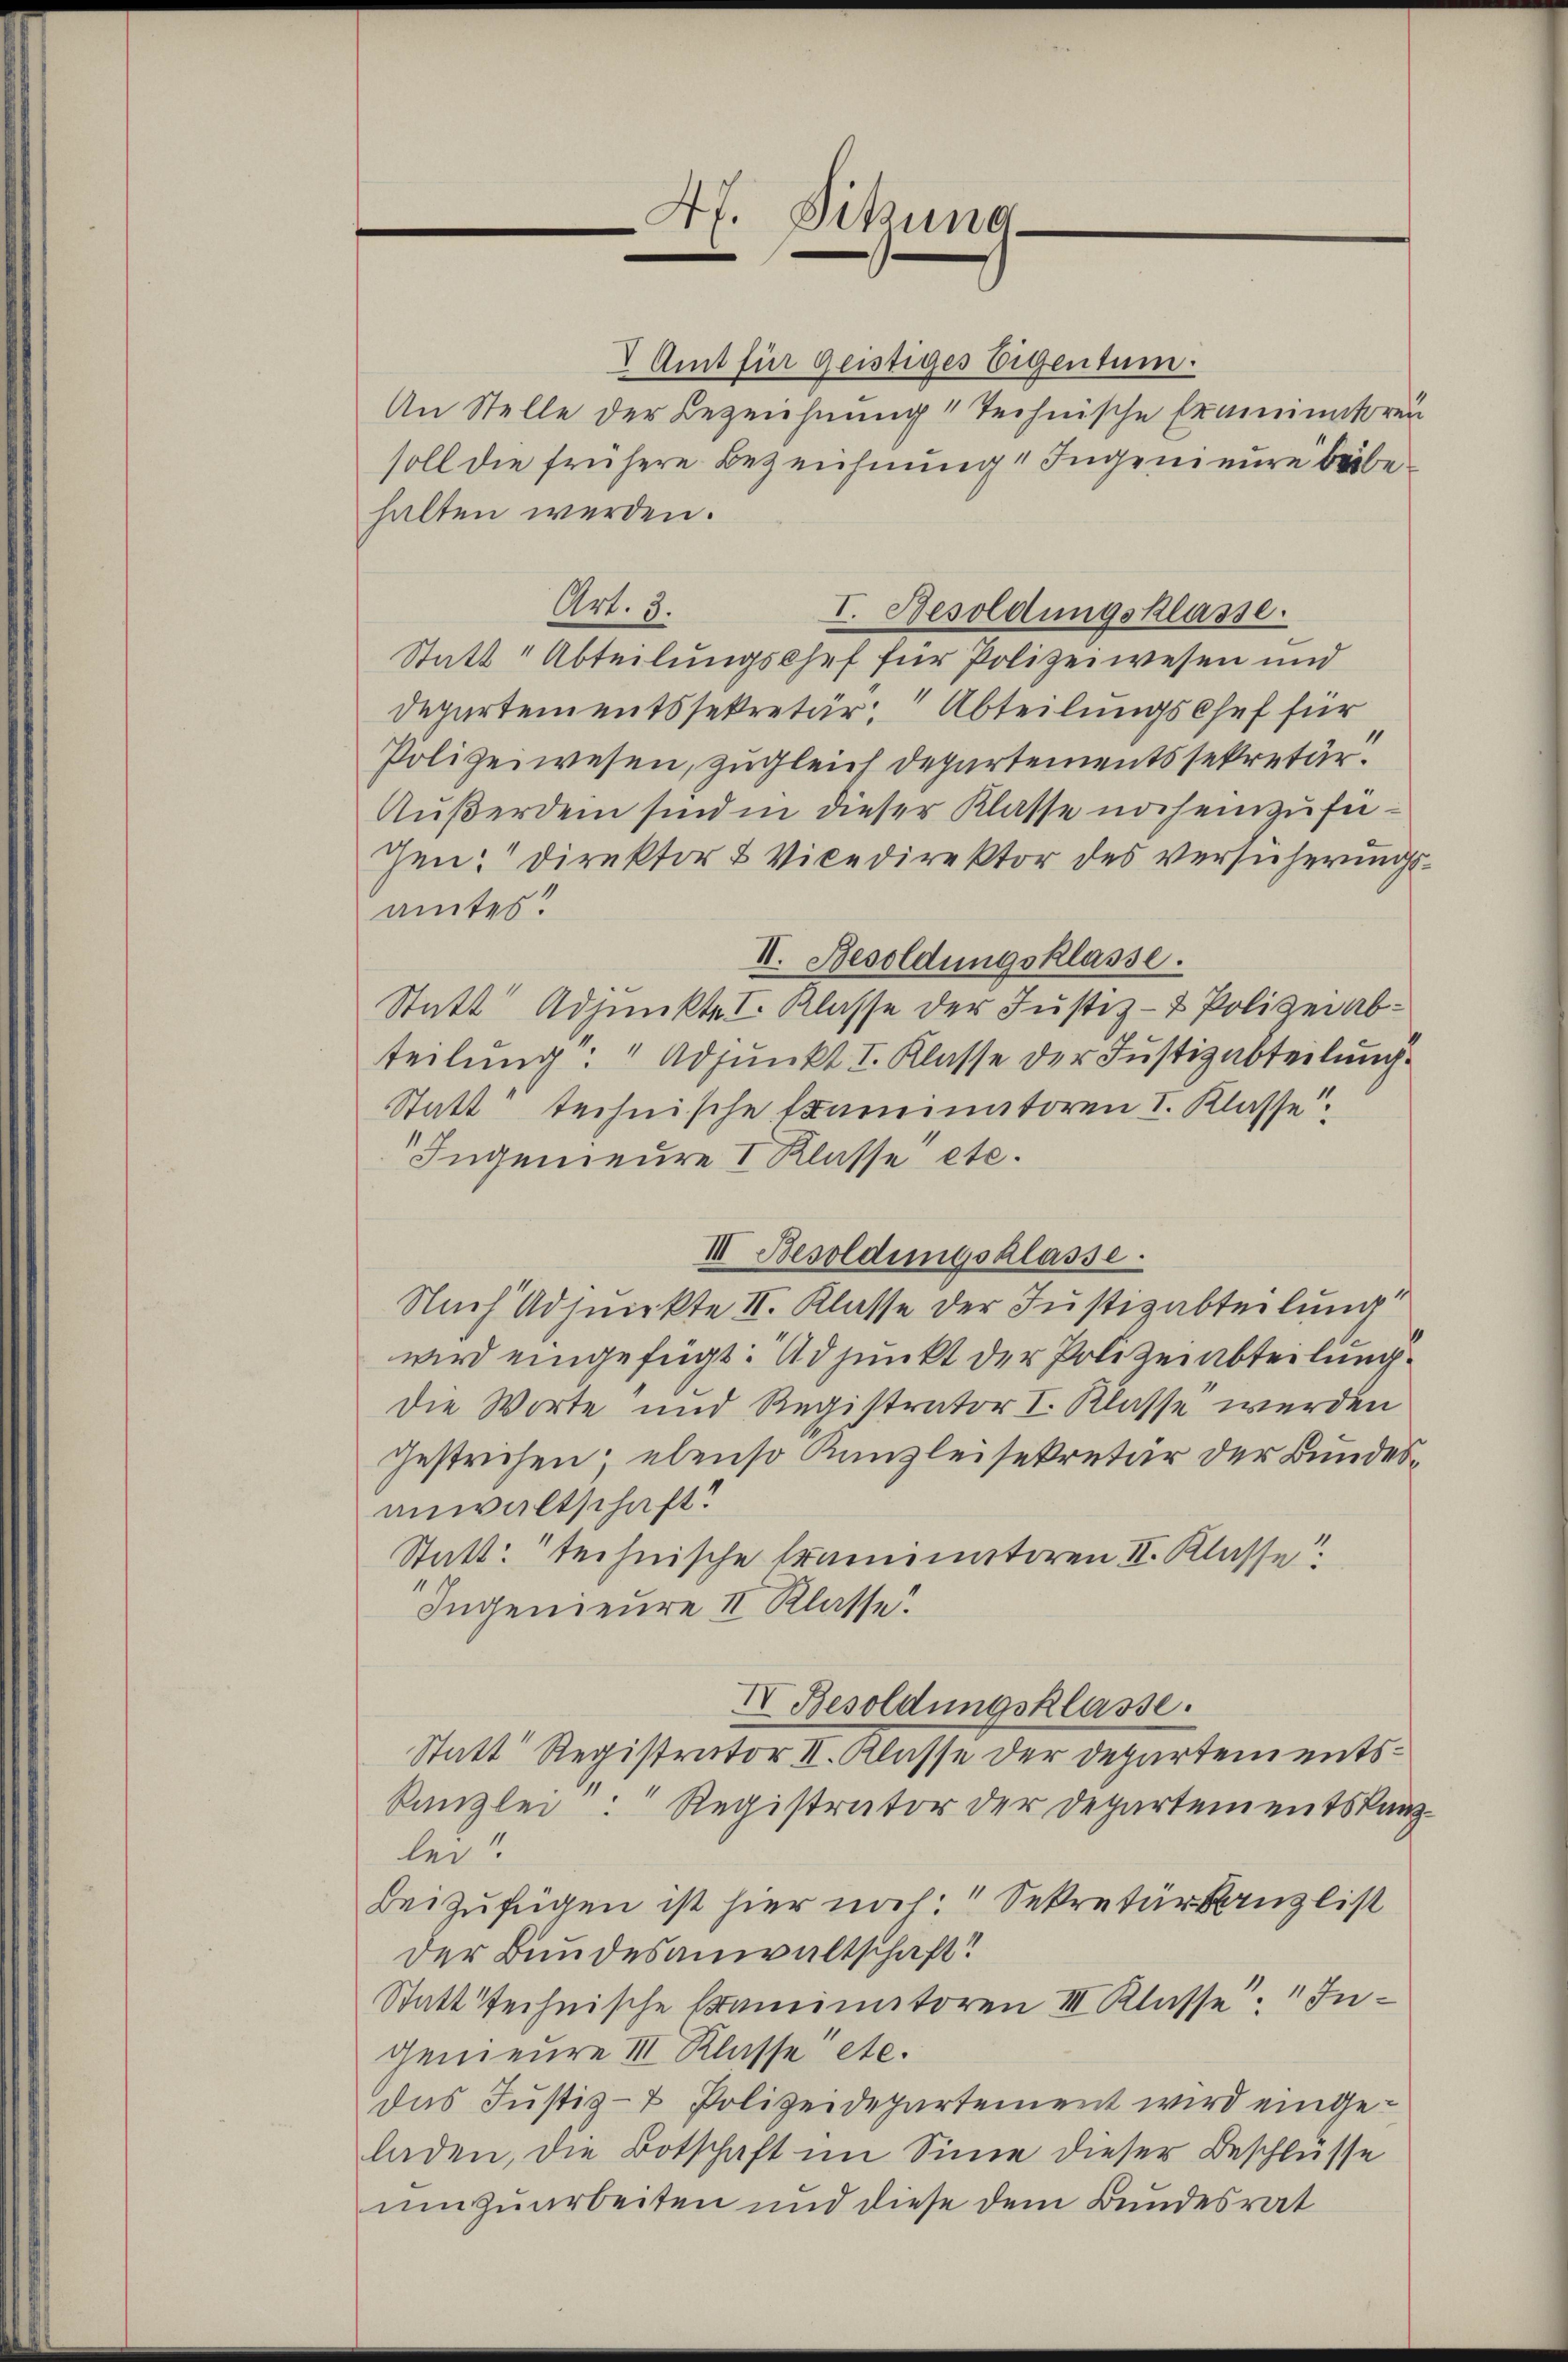
Af. Sitzung
e
1

V Amt für geistiges Eigentum.
An Stelle der Bezeichnung " Technische Framinatoren
soll die frühere Bezeichnung " Ingenieure beibehalten werden.
Art. 3.
I. Besoldungsklasse.
Statt, Abteilungschef für Polizeiwesen und
Departementssekretär, Abteilungs Chef für
Polizeiwesen, zugleich Departementssekretär.
Außerden sind in dieser Klasse noch einzufer¬
Jen: Direktor & Vicedirektor des Versicherungsamtes
II. Besoldungsklasse.
Statt Adjunkte I. Klasse der Justiz- & Polizeiabteilung: " Adjunkt I. Klasse der Justizabteilung
Statt" technische Examinatoren I. Klasse
Ingenieure I Klasse etc.
III. Besoldungsklasse.
Nach Adjunkte II. Klasse der Justizabteilung
wird eingefügt: Adjunkt der Polizeiabteilung
Die Worte und Registrator I. Klasse werden
gestrichen; ebenso Kanzleisekretär der Bundesanwaltschaft?
Statt: technische Traminatoren II. Klasse
1
Ingenieure II Klasse
IV Besoldungsklasse.
Statt Registrator II. Klasse der Departements¬
Kanzlei: Registrator der Departementskanz-
lei!
beizufügen ist hier noch Sekretärkanzlist
der Bundesanwaltschaft?
Statt technische Examinatoren III Klasse. Ingenieure III Klasse etc.
das Justiz- & Polizeidepartement wird eingeladen, die Botschaft im Sinne dieser Beschlüsse
umzuarbeiten und diese dem Bundesrat